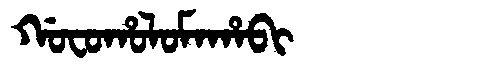
Manchu: ᡤᠣᠸᠣᡥᠣᠯᠣᠮᠠᡥᠠᠪᡳ
Romanization: GOFOHOLOMAHABI